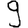
Digit: 9